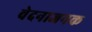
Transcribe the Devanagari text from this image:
वेदनाजनक